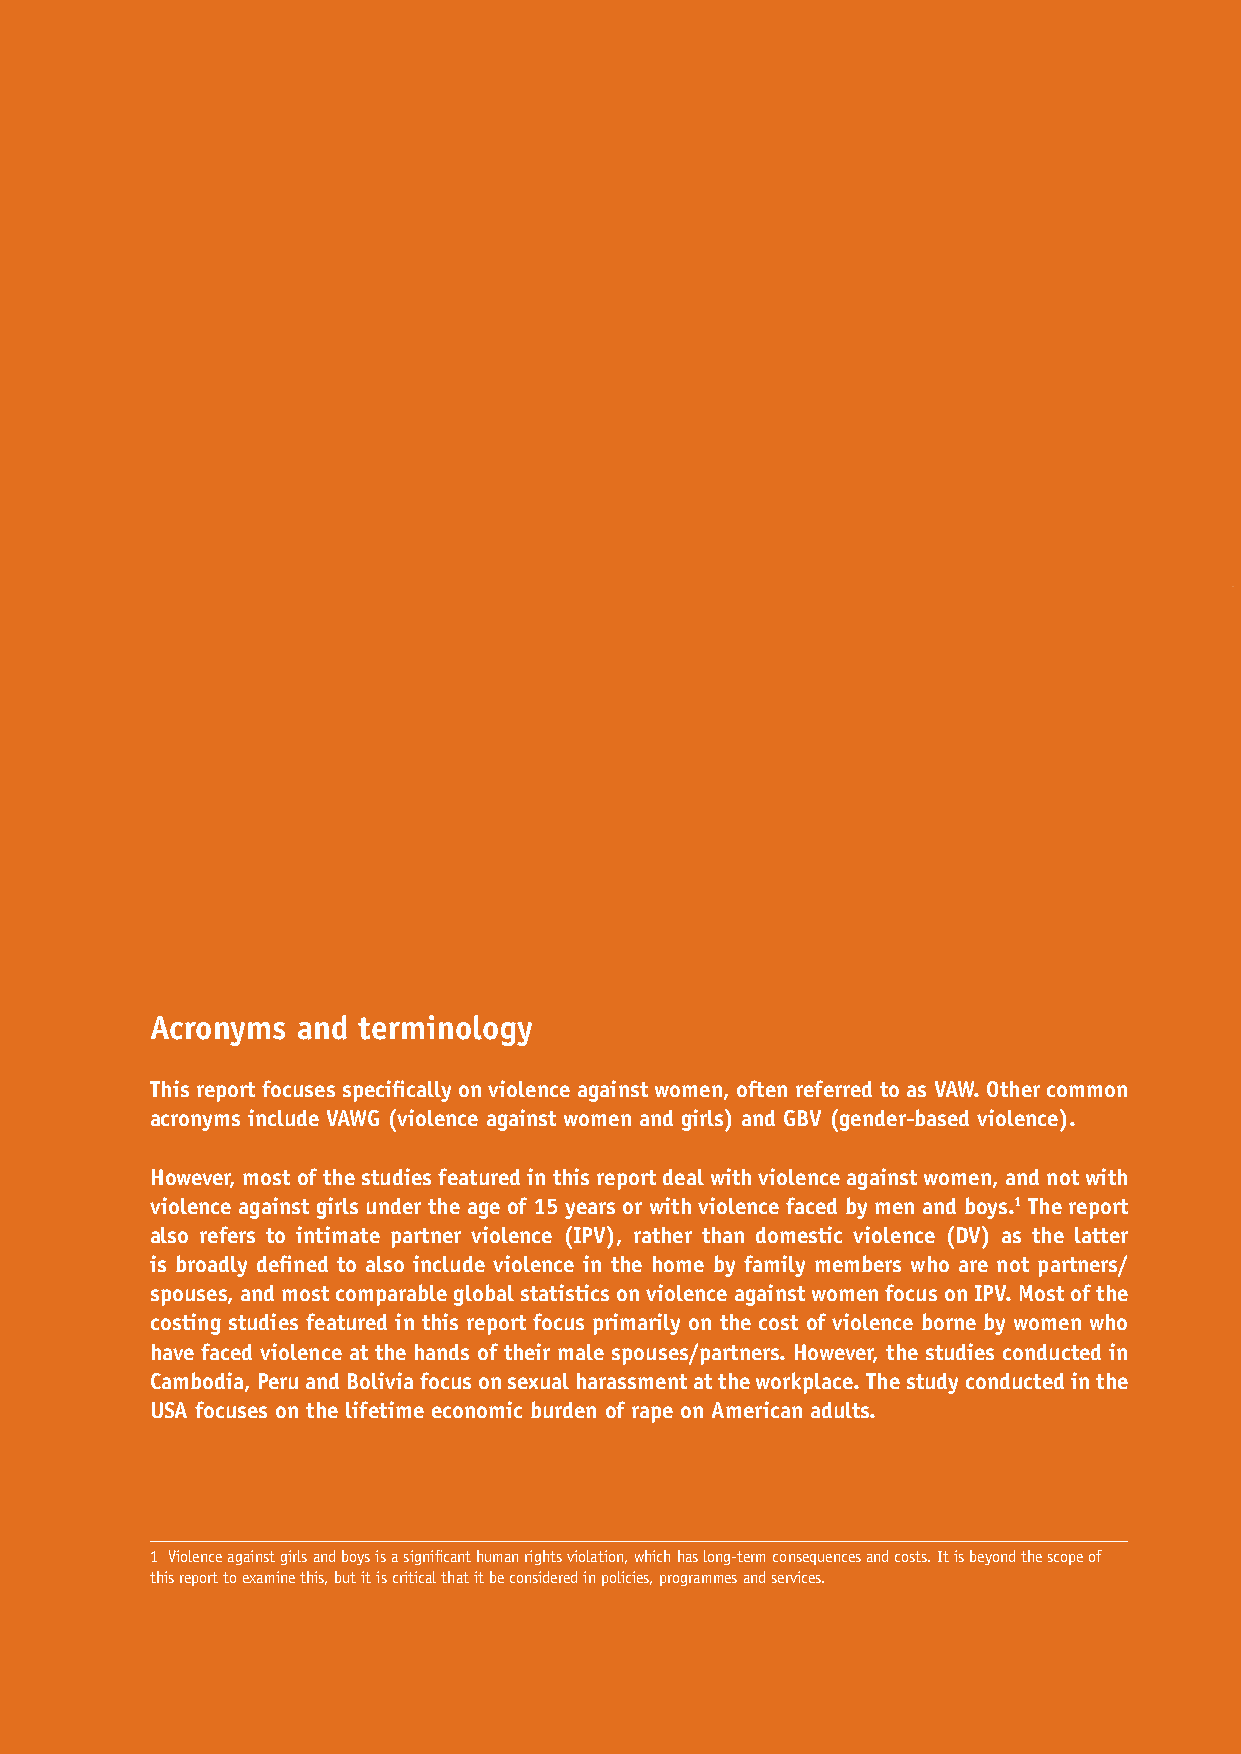
Acronyms  and terminology
 This report focuses specifically on violence against women, often referred to as VAW. Other common
 acronyms include VAWG (violence against women and girls) and GBV (gender-based violence).
 However, most of the studies featured in this report deal with violence against women, and not with
 violence against girls under the age of 15 years or with violence faced by men and boys.1 The report
 also refers to intimate partner violence (IPV), rather than domestic violence (DV) as the latter
 is broadly defined to also include violence in the home by family members who are not partners/
 spouses, and most comparable global statistics on violence against women focus on IPV. Most of the
 costing studies featured in this report focus primarily on the cost of violence borne by women who
 have faced violence at the hands of their male spouses/partners. However, the studies conducted in
 Cambodia, Peru and Bolivia focus on sexual harassment at the workplace. The study conducted in the
 USA focuses on the lifetime economic burden of rape on American adults.
 1 Violence against girls and boys is a significant human rights violation, which has long-term consequences and costs. It is beyond the scope of
 this report to examine this, but it is critical that it be considered in policies, programmes and services.